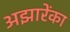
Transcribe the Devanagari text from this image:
अझारेंका